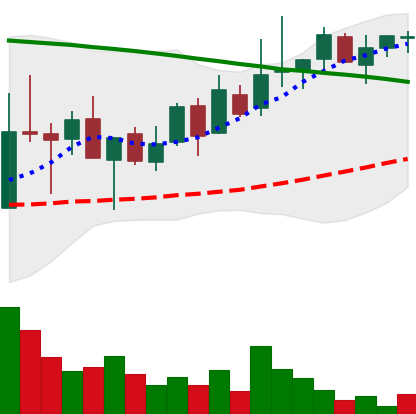
Ticker: LINK-USD
Chart end date: 2018-08-28
Forward return: -7.402%
Label: down_7plus